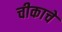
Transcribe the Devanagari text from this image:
चीकाचे